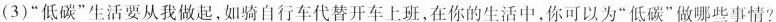
(3)”低碳”生活要从我做起，如骑自行车代替开车上班，在你的生活中，你可以为”低碳”做哪些事情?